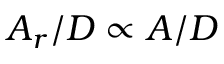
A _ { r } / D \propto A / D